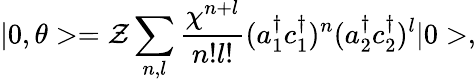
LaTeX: |0,\theta>={\cal Z}\sum_{n,l}\frac{\chi^{n+l}}{n!l!}(a_{1}^{\dagger}c_{1}^{\dagger})^{n}(a_{2}^{\dagger}c_{2}^{\dagger})^{l}|0>,